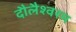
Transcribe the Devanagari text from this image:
दौलैश्वरम